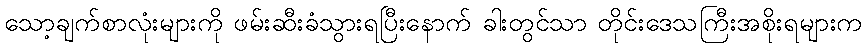
သော့ချက်စာလုံးများကို ဖမ်းဆီးခံသွားရပြီးနောက် ခါးတွင်သာ တိုင်းဒေသကြီးအစိုးရများက